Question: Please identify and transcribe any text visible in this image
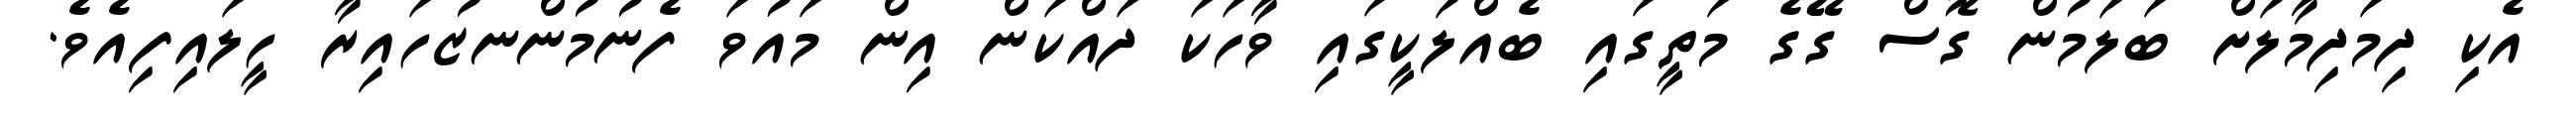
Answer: އެކި ދިމަދިމާލަށް ބަލަމުން ގޮސް ގޭގެ މަތީގައި ބެއްލަކީގައި ވާހަކަ ދައްކަން އިން މައުވަ ފެނުމުންނޒުހައިރާ ހީލައިފިއެވެ.